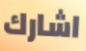
اشارك